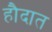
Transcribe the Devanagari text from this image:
हौदात